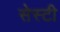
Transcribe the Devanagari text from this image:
सेस्टी